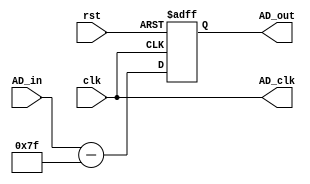
module AD_Input(clk, rst, AD_clk, AD_in, AD_out);
input clk, rst;
output AD_clk;
input [7:0] AD_in;
output reg signed [7:0] AD_out;
assign AD_clk = clk;
initial begin
AD_out <= 0;
end
always @ (posedge clk or negedge rst) begin
if(!rst)
  AD_out <= 0;
else
  AD_out <= AD_in - 8'b01111111;  //
end
endmodule